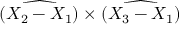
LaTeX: \widehat { ( X _ { 2 } - X _ { 1 } ) } \times \widehat { ( X _ { 3 } - X _ { 1 } ) }